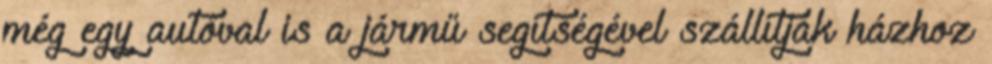
még egy autóval is a jármű segítségével szállítják házhoz